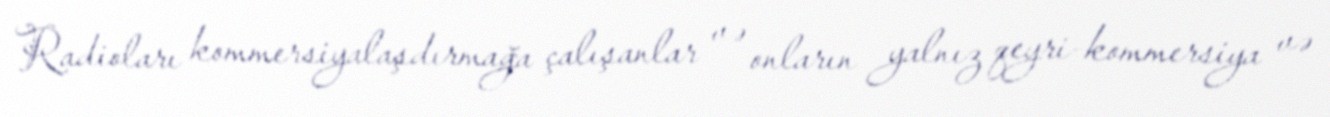
Radioları kommersiyalaşdırmağa çalışanlar və onların yalnız qeyri-kommersiya və